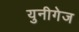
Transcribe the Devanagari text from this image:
युनीगेज